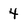
Character: 4